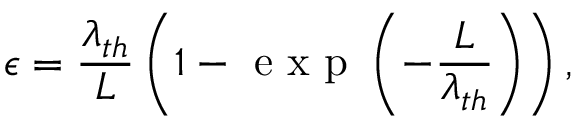
\epsilon = \frac { \lambda _ { t h } } { L } \left( 1 - \mathrm { ~ e ~ x ~ p ~ } \left( - \frac { L } { \lambda _ { t h } } \right) \right) ,